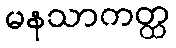
မနသာကတ္ထ